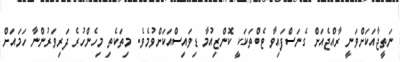
ނަތީޖާއަކަށްވަނީ ރާއްޖެއަށް ގެނަސްފައިވާ ޓެބްތަކަކީ ކޮންޒިއުމާ ޑިވައިސްއަކަށްވުމެވެ. މިތަކެތި މިހެންހުރެ ދަރިވަރުންނާ ހަމައަށް